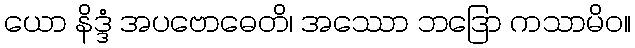
ယော နိဒ္ဒံ အပဗောဓေတိ၊ အဿော ဘဒြော ကသာမိဝ။